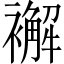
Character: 𧞊